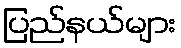
ပြည်နယ်များ